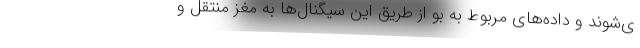
ی‌شوند و داده‌های مربوط به بو از طریق این سیگنال‌ها به مغز منتقل و